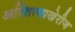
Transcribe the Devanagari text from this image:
अस्तित्वाखेरीज